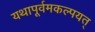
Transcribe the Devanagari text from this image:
यथापूर्वमकल्पयत्